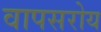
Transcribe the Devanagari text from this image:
वापसरोय